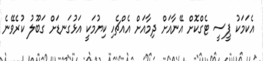
އެކަމަކު ޕީސީ ޓެގްކޮށް އޭނާއަށް ދިމާއަށް އެއްޗެހި ކިޔުމަކީ އަޅުގަނޑަށް ގަބޫލު ކުރެވޭނެ